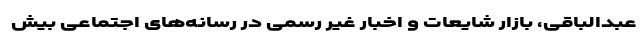
عبدالباقی، بازار شایعات و اخبار غیر رسمی در رسانه‌های اجتماعی بیش